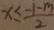
x \leq \frac { - 1 - m } { 2 }